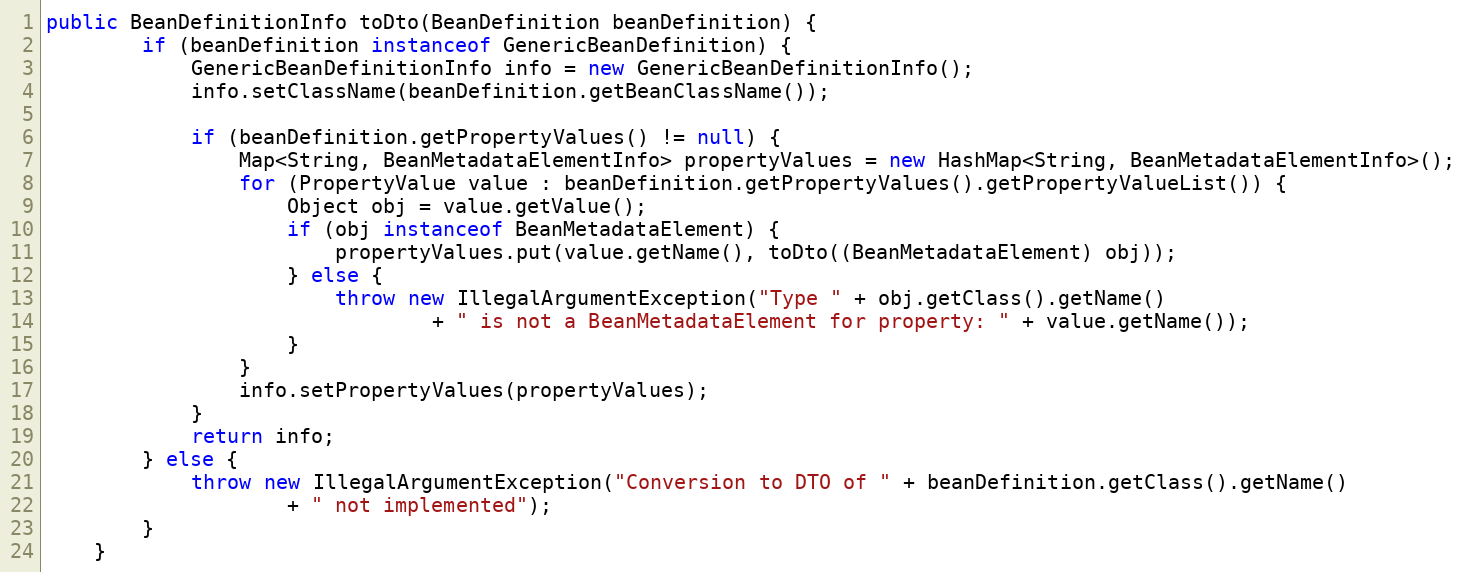
Language: Java
public BeanDefinitionInfo toDto(BeanDefinition beanDefinition) {
		if (beanDefinition instanceof GenericBeanDefinition) {
			GenericBeanDefinitionInfo info = new GenericBeanDefinitionInfo();
			info.setClassName(beanDefinition.getBeanClassName());

			if (beanDefinition.getPropertyValues() != null) {
				Map<String, BeanMetadataElementInfo> propertyValues = new HashMap<String, BeanMetadataElementInfo>();
				for (PropertyValue value : beanDefinition.getPropertyValues().getPropertyValueList()) {
					Object obj = value.getValue();
					if (obj instanceof BeanMetadataElement) {
						propertyValues.put(value.getName(), toDto((BeanMetadataElement) obj));
					} else {
						throw new IllegalArgumentException("Type " + obj.getClass().getName()
								+ " is not a BeanMetadataElement for property: " + value.getName());
					}
				}
				info.setPropertyValues(propertyValues);
			}
			return info;
		} else {
			throw new IllegalArgumentException("Conversion to DTO of " + beanDefinition.getClass().getName()
					+ " not implemented");
		}
	}